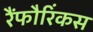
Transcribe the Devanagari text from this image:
रैंफौरिंकस